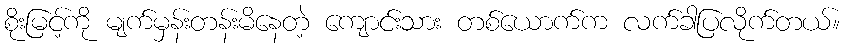
စိုးမြင့်ကို မျက်မှန်းတန်းမိနေတဲ့ ကျောင်းသား တစ်ယောက်က လက်ခါပြလိုက်တယ်။